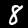
Label: 8